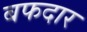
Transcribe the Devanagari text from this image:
बफदार